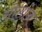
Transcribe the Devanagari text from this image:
सोलांजे